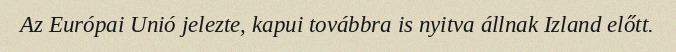
Az Európai Unió jelezte, kapui továbbra is nyitva állnak Izland előtt.